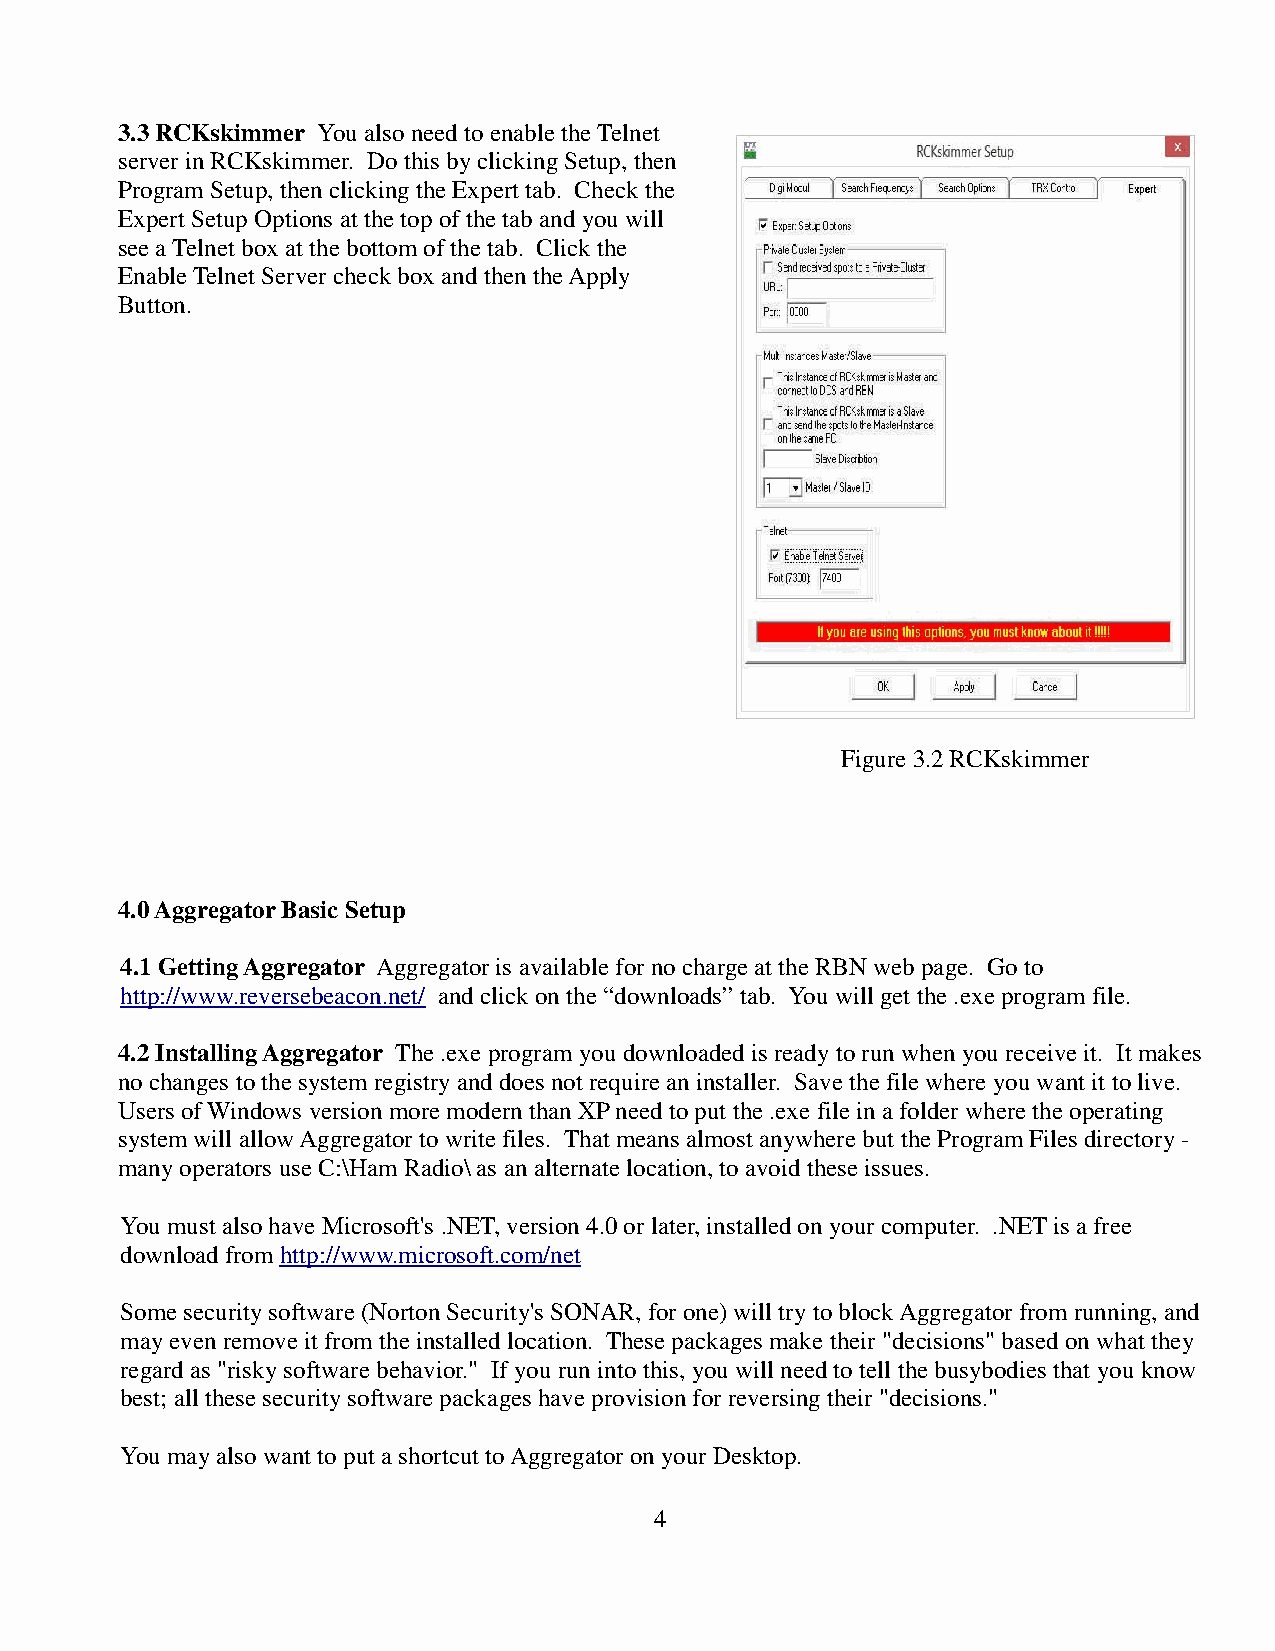
3.3 RCKskimmer You also need to enable the Telnet
 server in RCKskimmer. Do this by clicking Setup, then
 Program Setup, then clicking the Expert tab. Check the
 Expert Setup Options at the top of the tab and you will
 see a Telnet box at the bottom of the tab. Click the
 Enable Telnet Server check box and then the Apply
 Button.
 Figure 3.2 RCKskimmer
 4.0 Aggregator Basic Setup
 4.1 Getting Aggregator Aggregator is available for no charge at the RBN web page. Go to
 http://www.reversebeacon.net/ and click on the “downloads” tab. You will get the .exe program file.
 4.2 Installing Aggregator The .exe program you downloaded is ready to run when you receive it. It makes
 no changes to the system registry and does not require an installer. Save the file where you want it to live.
 Users of Windows version more modern than XP need to put the .exe file in a folder where the operating
 system will allow Aggregator to write files. That means almost anywhere but the Program Files directory -
 many operators use C:\Ham Radio\ as an alternate location, to avoid these issues.
 You must also have Microsoft's .NET, version 4.0 or later, installed on your computer. .NET is a free
 download from http://www.microsoft.com/net
 Some security software (Norton Security's SONAR, for one) will try to block Aggregator from running, and
 may even remove it from the installed location. These packages make their "decisions" based on what they
 regard as "risky software behavior." If you run into this, you will need to tell the busybodies that you know
 best; all these security software packages have provision for reversing their "decisions."
 You may also want to put a shortcut to Aggregator on your Desktop.
 4